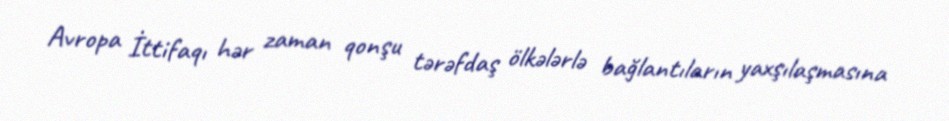
Avropa İttifaqı hər zaman qonşu tərəfdaş ölkələrlə bağlantıların yaxşılaşmasına